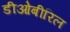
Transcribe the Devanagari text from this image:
डीओबीरिल